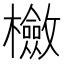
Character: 𣟺